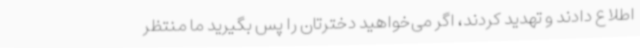
اطلاع دادند و تهدید کردند، اگر می‌خواهید دخترتان را پس بگیرید ما منتظر